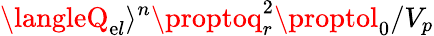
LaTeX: \langleQ_{\mathrm{e}l}\rangle^{n}\proptoq_{r}^{2}\proptol_{0}/V_{p}